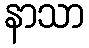
နာသာ